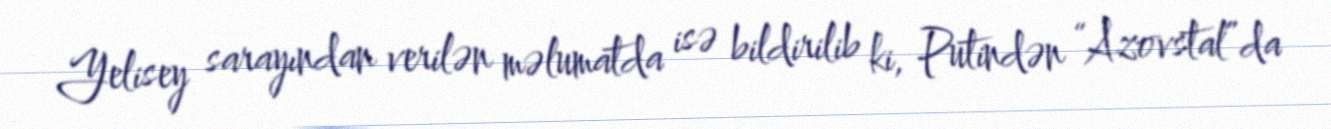
Yelisey sarayından verilən məlumatda isə bildirilib ki, Putindən “Azovstal”da